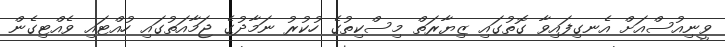
ވީނިއުސްއަށް އެނގިފައިވާ ގޮތުގައި ޒިޔާރަތް މިސްކިތުގެ ހުކުރު ނަމާދުގެ ޖަމާއަތުގައި ހުއްޓައި ވެއްޓިގެން